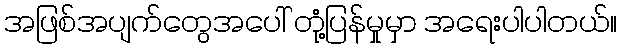
အဖြစ်အပျက်တွေအပေါ် တုံ့ပြန်မှုမှာ အရေးပါပါတယ်။